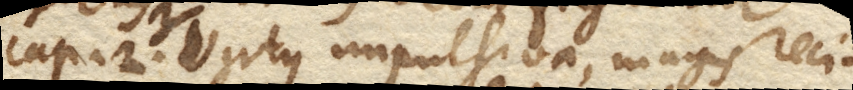
Cap. 2. Virtus impulsiva, magis reci–